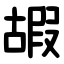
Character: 嘏